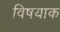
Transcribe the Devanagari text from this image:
विषयाक